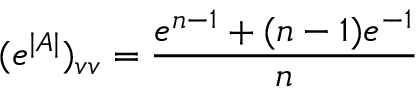
( e ^ { | A | } ) _ { v v } = \frac { e ^ { n - 1 } + ( n - 1 ) e ^ { - 1 } } { n }